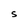
Character: S